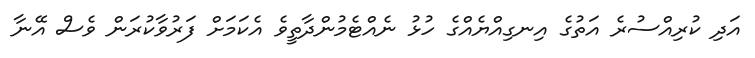
އަދި ކުރިއްސުރެ އަތުގެ އިނގިއްޔެއްގެ ހުޅު ނެއްޓެމުންދާތީވެ އެކަމަށް ފަރުވާކުރަން ވެސް އޭނާ